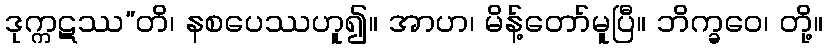
ဒုက္ကဋဿ”တိ၊ နစပေဿဟူ၍။ အာဟ၊ မိန့်တော်မူပြီ။ ဘိက္ခဝေ၊ တို့။